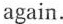
again.